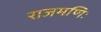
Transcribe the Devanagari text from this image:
राजमणिः